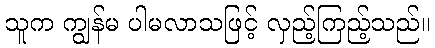
သူက ကျွန်မ ပါမလာသဖြင့် လှည့်ကြည့်သည်။